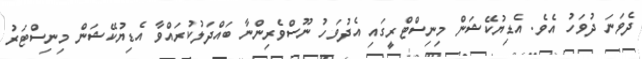
ދެވަނަ ދުވަހު އެވެ. އެޑިޔުކޭޝަން މިނިސްޓްރީގައި އެދުވަހު ނޫސްވެރިންނާ ބައްދަލުކުރައްވާ އެޑިޔުކޭޝަން މިނިސްޓަރު